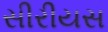
સીરીયસ